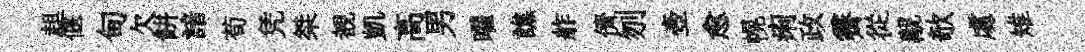
趄偃甸欠餅諳荀凭桀覩凱高男曜譙舴儕刎壺愈幌痢政霽從覯欹䖏雉